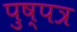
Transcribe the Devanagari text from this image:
पुष्पत्र